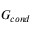
G _ { c o n d }